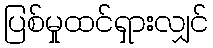
ပြစ်မှုထင်ရှားလျှင်